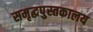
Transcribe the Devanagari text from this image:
समृद्धपुस्तकालय